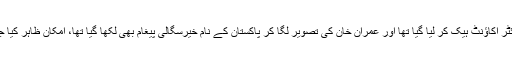
خیال رہے کچھ گھنٹے قبل امیتابھ بچن کا ٹوئٹر اکاؤنٹ ہیک کر لیا گیا تھا اور عمران خان کی تصویر لگا کر پاکستان کے نام خیرسگالی پیغام بھی لکھا گیا تھا، امکان ظاہر کیا جا رہا ہے کہ یہ ترکی کے ہیکرز کا کام ہے۔